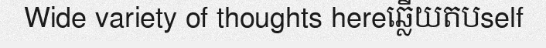
Wide variety of thoughts hereឆ្លើយតបself